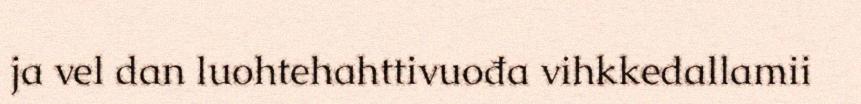
ja vel dan luohtehahttivuođa vihkkedallamii